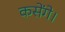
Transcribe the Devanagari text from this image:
कसेंगे।